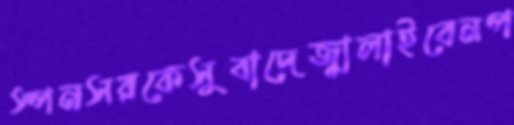
স্পনসরকেসুবাদেজ্বালাইবেনপ